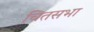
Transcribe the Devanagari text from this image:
चितसभा